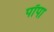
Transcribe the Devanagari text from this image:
पॉपा